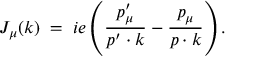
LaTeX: J _ { \mu } ( k ) \; = \; i e \left( { \frac { p _ { \mu } ^ { \prime } } { p ^ { \prime } \cdot k } } - { \frac { p _ { \mu } } { p \cdot k } } \right) .